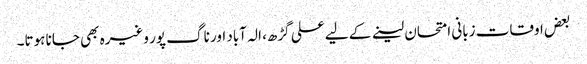
بعض اوقات زبانی امتحان لینے کے لیے علی گڑھ، الہ آباد اور ناگ پور وغیرہ بھی جانا ہوتا۔